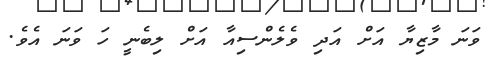
ވަނަ މާޒިޔާ އަށް އަދި ވެލެންސިއާ އަށް ލިބެނީ ހަ ވަނަ އެވެ.